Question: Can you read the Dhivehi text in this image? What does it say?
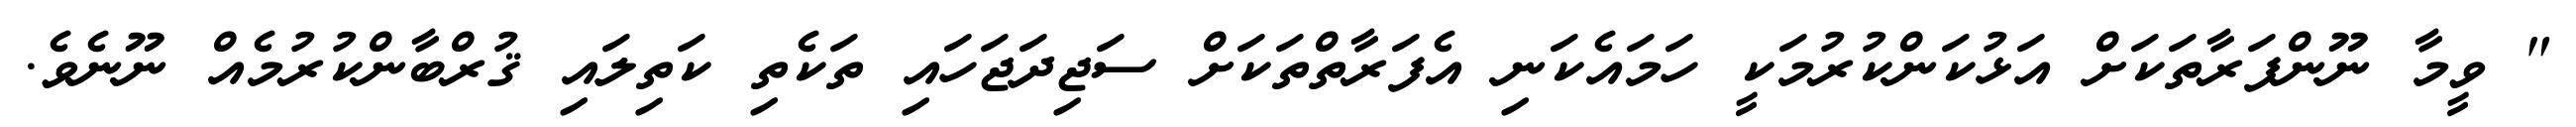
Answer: " ވީމާ ނޫންފަރާތަކަށް އަޅުކަންކުރުމަކީ ހަމައެކަނި އެފަރާތްތަކަށް ސަޖިދަޖަހައި ތަކެތި ކަތިލައި ޤުރްބާންކުރުމެއް ނޫނެވެ.